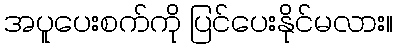
အပူပေးစက်ကို ပြင်ပေးနိုင်မလား။